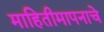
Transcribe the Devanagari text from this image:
माहितीमापनाचे